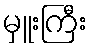
မှူးကြီး